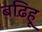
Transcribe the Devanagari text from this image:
बढ़िहू